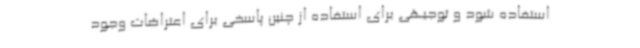
استفاده شود و توجیهی برای استفاده از چنین پاسخی برای اعتراضات وجود